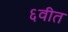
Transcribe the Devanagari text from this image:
६वीत